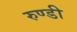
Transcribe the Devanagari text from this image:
रुण्डी